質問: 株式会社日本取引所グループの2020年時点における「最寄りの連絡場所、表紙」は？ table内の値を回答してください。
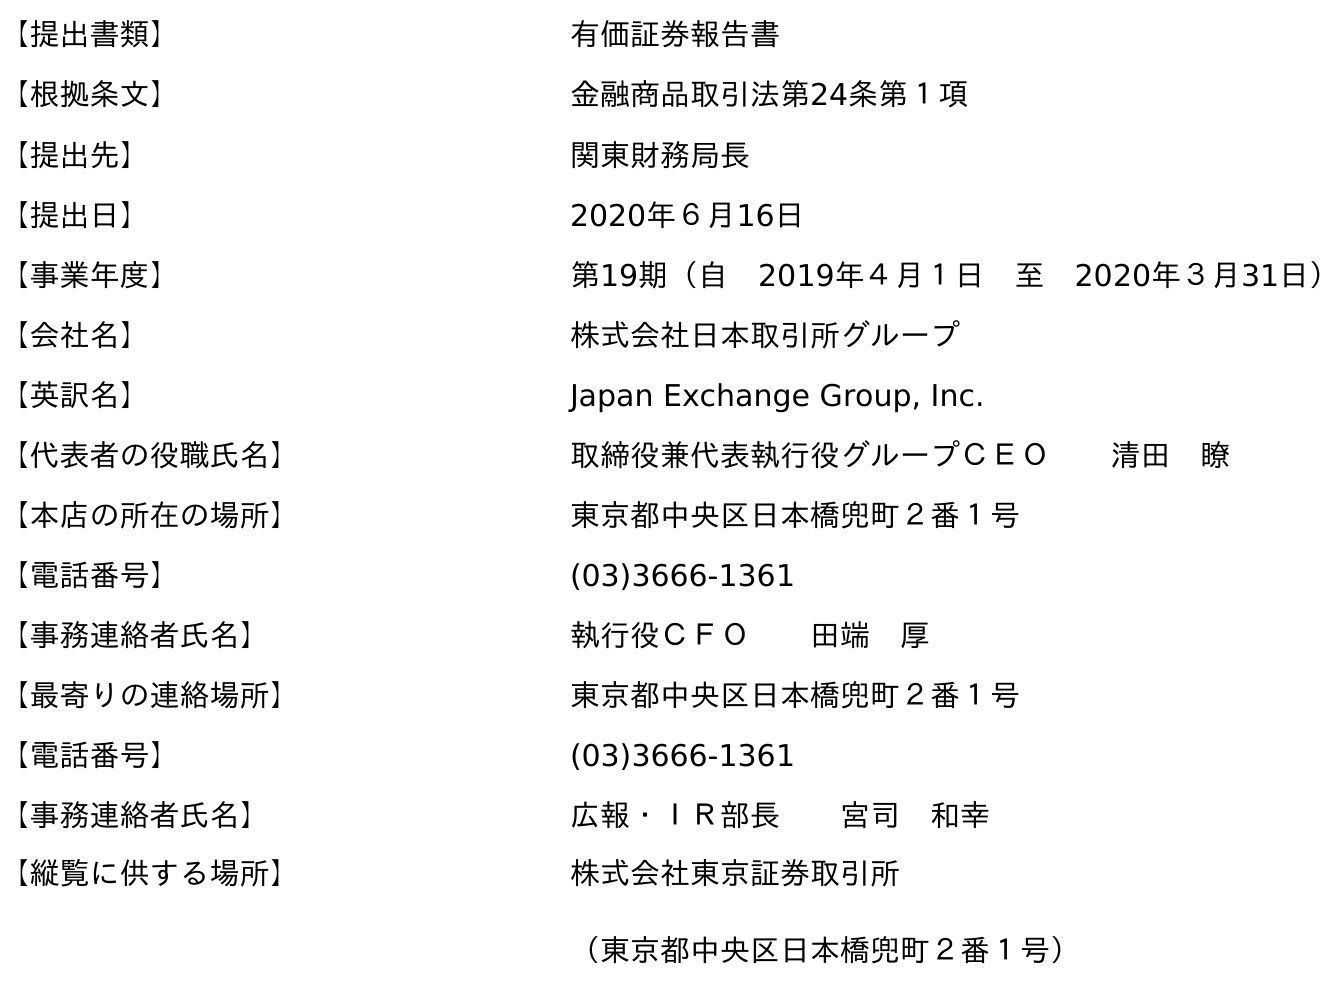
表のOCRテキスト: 【提出書類】 有価証券報告書 【根拠条文】 金融商品取引法第24条第１項 【提出先】 関東財務局長 【提出日】 2020年６月16日 【事業年度】 第19期（自 2019年４月１日 至 2020年３月31日） 【会社名】 株式会社日本取引所グループ 【英訳名】 Japan Exchange Group, Inc. 【代表者の役職氏名】 取締役兼代表執行役グループＣＥＯ  清田 瞭 【本店の所在の場所】 東京都中央区日本橋兜町２番１号 【電話番号】 (03)3666-1361 【事務連絡者氏名】 執行役ＣＦＯ  田端 厚 【最寄りの連絡場所】 東京都中央区日本橋兜町２番１号 【電話番号】 (03)3666-1361 【事務連絡者氏名】 広報・ＩＲ部長  宮司 和幸 【縦覧に供する場所】 株式会社東京証券取引所 （東京都中央区日本橋兜町２番１号）
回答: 東京都中央区日本橋兜町２番１号